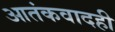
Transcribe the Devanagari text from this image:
आतंकवादही